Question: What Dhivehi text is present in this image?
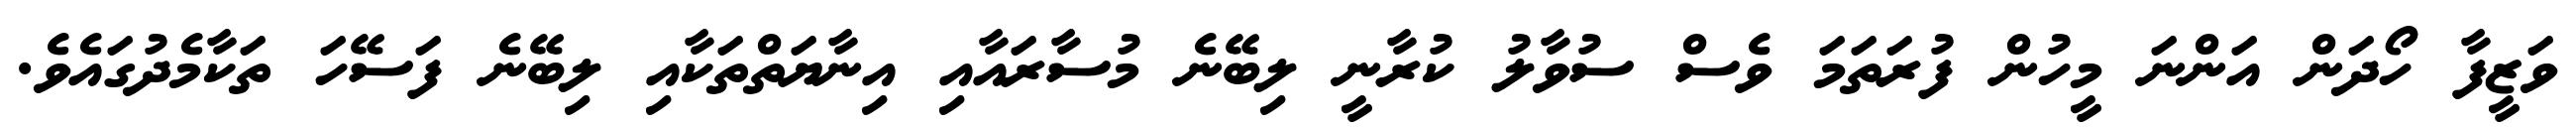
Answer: ވަޒީފާ ހޯދަން އަންނަ މީހުން ފުރަތަމަ ވެސް ސުވާލު ކުރާނީ ލިބޭނެ މުސާރައާއި އިނާޔަތްތަކާއި ލިބޭނެ ފަސޭހަ ތަކާމެދުގައެވެ.